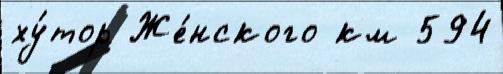
ху́тор Же́нского км 594